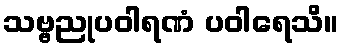
သဗ္ဗညုပဝါရဏံ ပဝါရေသိ။